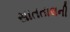
સાતતાલની